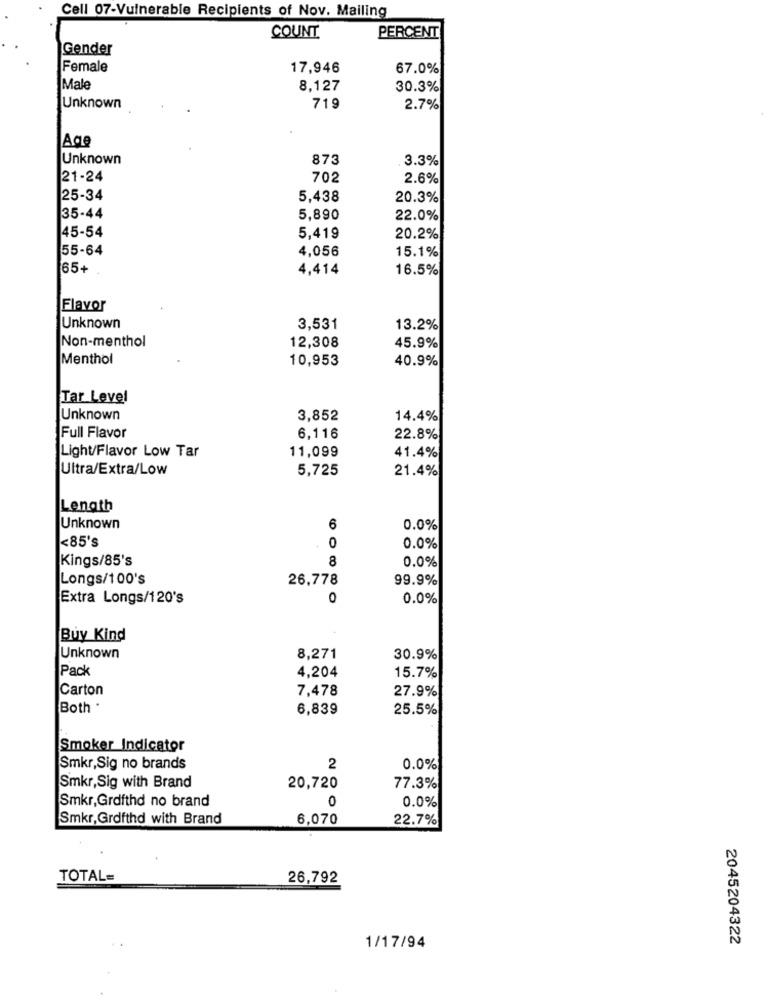
Cell 07-Vulnerable Recipients of Nov. Mailing
COUNT
PERCENT
Gender
Female
17,946
67.0%
Male
8,127
30.3%
Unknown
719
2.7%
Age
Unknown
873
3.3%
21-24
702
2.6%
25-34
5,438
20.3%
35-44
5,890
22.0%
45-54
5,419
20.2%
55-64
4,056
15.1%
65+
4,414
16.5%
Flavor
Unknown
3,531
13.2%
Non-menthol
12,308
45.9%
Menthol
10,953
40.9%
Tar Level
Unknown
3,852
14.4%
Full Flavor
6,116
22.8%
Light/Flavor Low Tar
11,099
41.4%
Ultra/Extra/Low
5,725
21.4%
Length
Unknown
6
0.0%
<85's
0
0.0%
Kings/85's
8
0.0%
Longs/100's
26,778
99.9%
Extra Longs/120's
0
0.0%
Buy Kind
Unknown
8,271
30.9%
Pack
4,204
15.7%
Carton
7,478
27.9%
Both .
6,839
25.5%
Smoker Indicator
Smkr,Sig no brands
2
0.0%
Smkr, Sig with Brand
20,720
77.3%
Smkr,Grdfthd no brand
0
0.0%
Smkr, Grofthd with Brand
6,070
22.7%
TOTAL=
26,792
2045204322
1/17/94